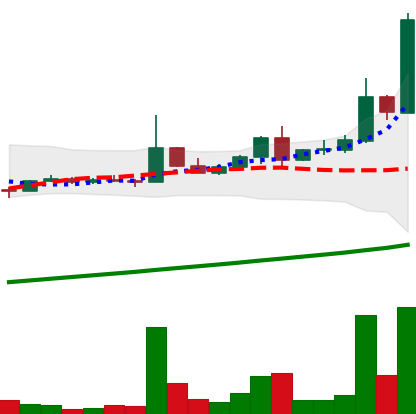
Ticker: DOGE-USD
Chart end date: 2021-04-13
Forward return: 242.956%
Label: up_7plus